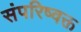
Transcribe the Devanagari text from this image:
संपरिष्वक्त